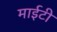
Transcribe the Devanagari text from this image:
माईटी